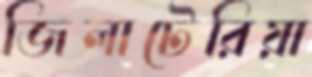
জিলাটেরিয়া